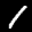
Label: 1